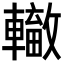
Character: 𨏁